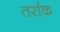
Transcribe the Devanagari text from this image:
तर्राक